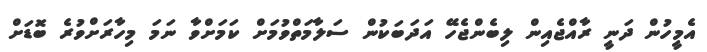
އެމީހުން ދަނީ ރާއްޖެއިން ލިބެންޖެހޭ އަދަބަކުން ސަލާމަތްވުމަށް ކަަމަށްވާ ނަމަ މިހާރަށްވުރެ ބޮޑަށް